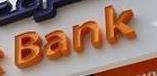
bank